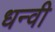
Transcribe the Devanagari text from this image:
धन्वी